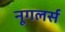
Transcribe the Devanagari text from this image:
नूगलर्स